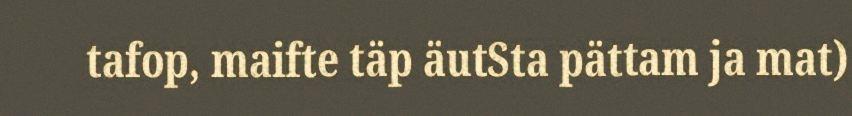
tafop, maifte täp äutSta pättam ja mat)